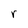
Character: r